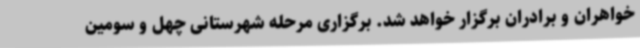
خواهران و برادران برگزار خواهد شد. برگزاری مرحله شهرستانی چهل و سومین